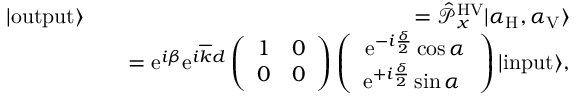
\begin{array} { r l r } { | \mathrm { o u t p u t } \rangle } & { } & { = \hat { \mathcal P } _ { x } ^ { \mathrm { H V } } | \alpha _ { \mathrm { H } } , \alpha _ { \mathrm { V } } \rangle } \\ & { } & { = \mathrm { e } ^ { i \beta } \mathrm { e } ^ { i \overline { { k } } d } \left( \begin{array} { c c } { 1 } & { 0 } \\ { 0 } & { 0 } \end{array} \right) \left( \begin{array} { c } { \mathrm { e } ^ { - i \frac { \delta } { 2 } } \cos \alpha } \\ { \mathrm { e } ^ { + i \frac { \delta } { 2 } } \sin \alpha \ } \end{array} \right) | \mathrm { i n p u t } \rangle , } \end{array}